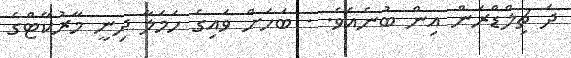
ދަ ޗިލްޑްރަން އިން ބުނެއެވެ. . ބަހަށް ވައިގެ ހަމަލާ ދިނީ މާރުކޭޓްގެ